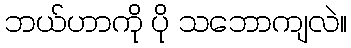
ဘယ်ဟာကို ပို သဘောကျလဲ။